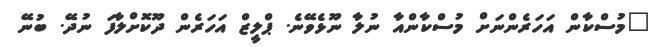
"މުސްކާން އަހަރެންނަށް މުސްކާންއާ ނުލާ ނޫޅެވޭނެ. ޕްލީޒް އަހަރެން ދޫކޮށްލާފަ ނުދޭ. ބުނޭ